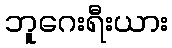
ဘူဂေးရီးယား